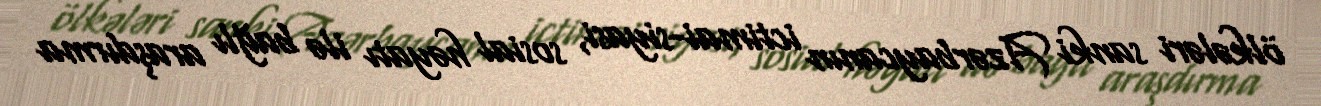
ölkələri sanki Azərbaycanın ictimai-siyasi, sosial həyatı ilə bağlı araşdırma